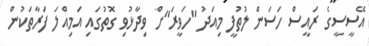
އޭސީސީގެ ރައީސް ހަސަން ލުތުފީ މިއަދު "ހަވީރަ"ށް ވިދާޅުވި ގޮތުގައި އަމިއްލަ ފަރާތަކުން